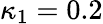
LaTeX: \kappa_{1}=0.2